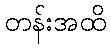
တန်းအထိ